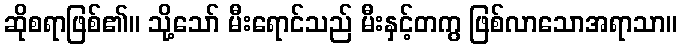
ဆိုစရာဖြစ်၏။ သို့သော် မီးရောင်သည် မီးနှင့်တကွ ဖြစ်လာသောအရာသာ။